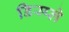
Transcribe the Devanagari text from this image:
डिस्‍प्‍ले